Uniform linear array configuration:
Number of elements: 4
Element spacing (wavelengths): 0.75
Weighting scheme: exponential
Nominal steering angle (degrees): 45
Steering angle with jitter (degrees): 43.597
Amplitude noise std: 0.05
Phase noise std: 0.05

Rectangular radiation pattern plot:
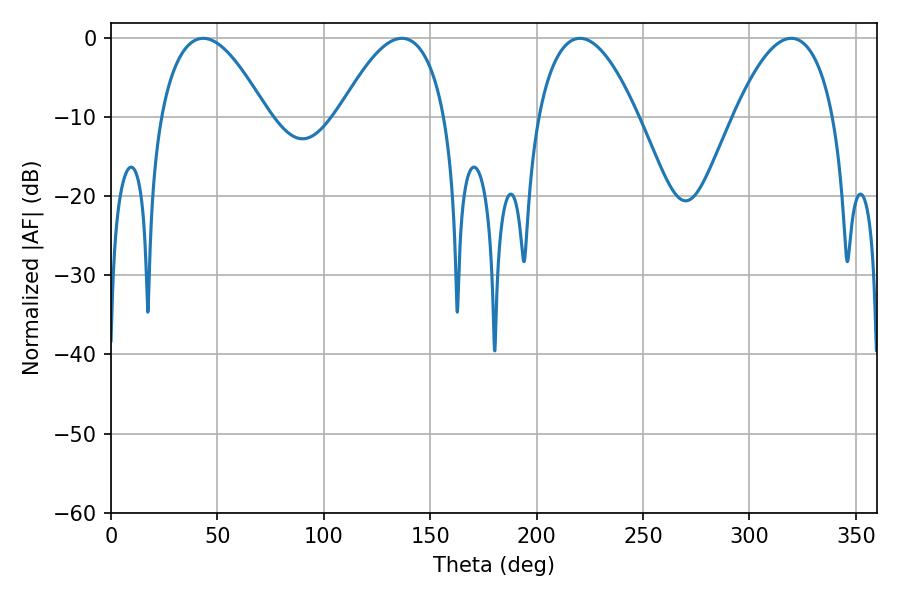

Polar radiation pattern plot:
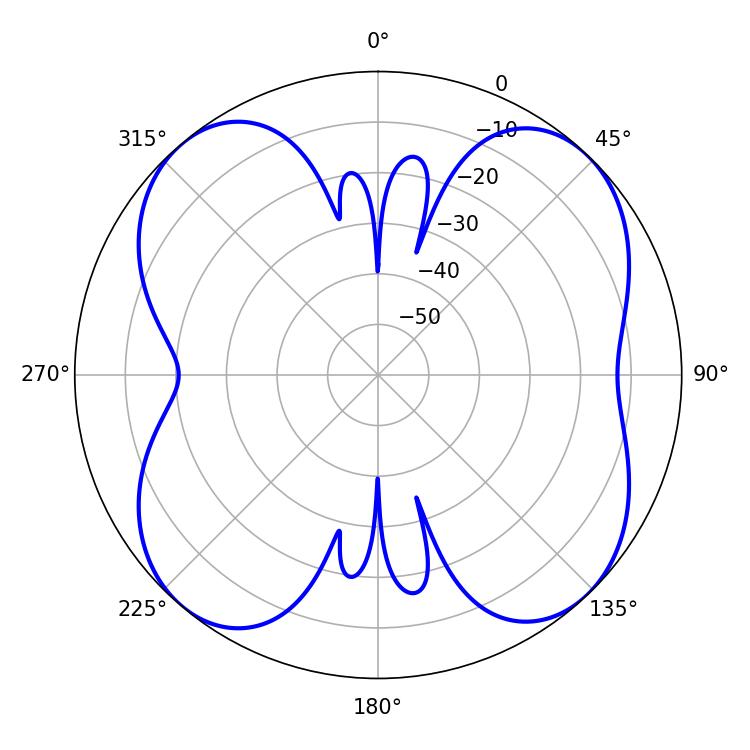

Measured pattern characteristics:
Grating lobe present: TRUE
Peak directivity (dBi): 12.781
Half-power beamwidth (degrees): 25.92
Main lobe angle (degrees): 220.32